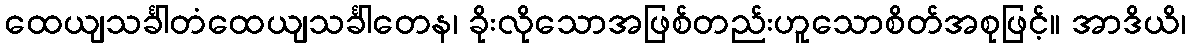
ထေယျသင်္ခါတံထေယျသင်္ခါတေန၊ ခိုးလိုသောအဖြစ်တည်းဟူသောစိတ်အစုဖြင့်။ အာဒိယိ၊